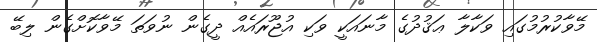
މޭވާކުރުމުގައި ވަކާލާ ޢަޤުދުގެ މާނައަކީ ވަކި އުޖޫރައެއް ދީގެން ނުވަތަ މޭވާކޮށްގެން ލިބޭ